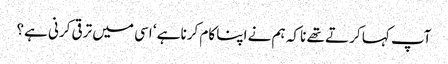
آپ کہا کرتے تھے نا کہ ہم نے اپنا کام کرنا ہے‘ اسی میں ترقی کرنی ہے؟